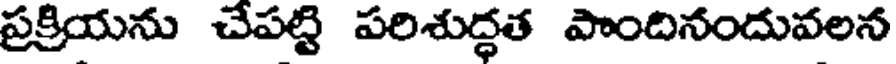
ప్రక్రియను చేపట్టి పరిశుద్ధత పొందినందువలన